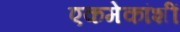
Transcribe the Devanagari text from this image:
एकमेकांशीं